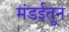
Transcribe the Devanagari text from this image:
मंडईतून